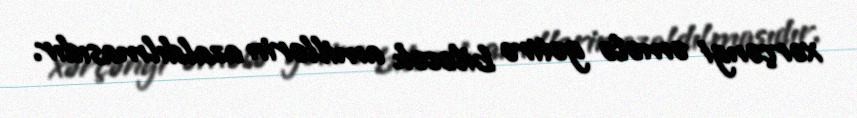
xərçəngi əmələ gətirə biləcək amillərin azaldılmasıdır.